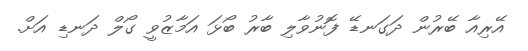
އޭރިއާ ބޭރުން ދަގަނޑޭ ފޮނުވާލި ބާރު ބޯޅަ އަމާޒުވީ ގޯލް ދަނޑި އަށް.